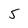
Character: 5